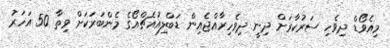
މިއެވޯޑް ދިވެހި ސަރުކާރަށް ދިނީ ދިވެހިރާއްޖެއިން ޑަބްލިއުއެޗްއޯގެ މެންބަރަކަށް ވިތާ 50 އަހަރު